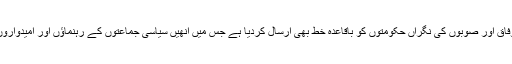
انتخابات اور اس کے تمام عوامل کے دوران امن و امان کو یقینی بنانے کے لیے الیکشن کمیشن نے وفاق اور صوبوں کی نگراں حکومتوں کو باقاعدہ خط بھی ارسال کردیا ہے جس میں انھیں سیاسی جماعتوں کے رہنماؤں اور امیدواروں کے علاوہ عام لوگوں کے تحفظ کو یقینی بنانے کے لیے موثر اقدامات کرنے کے لیے کہا گیا ہے۔